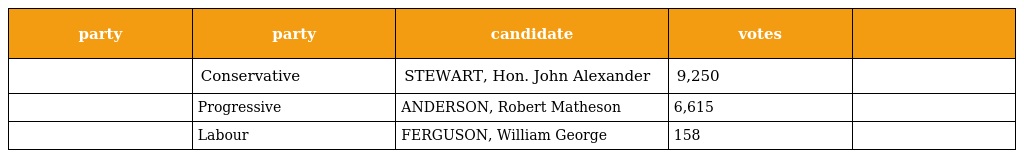
| party | party | candidate | votes |  |
 | --- | --- | --- | --- | --- |
 |  | Conservative | STEWART, Hon. John Alexander | 9,250 |  |
 |  | Progressive | ANDERSON, Robert Matheson | 6,615 |  |
 |  | Labour | FERGUSON, William George | 158 |  |